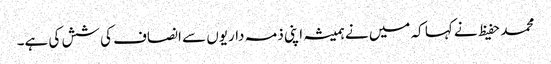
محمد حفیظ نے کہا کہ میں نے ہمیشہ اپنی ذمہ داریوں سے انصاف کی شش کی ہے۔